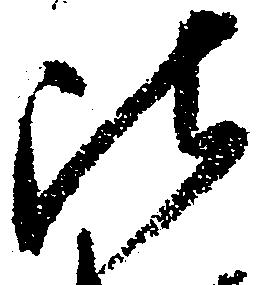
比